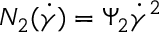
N _ { 2 } ( \dot { \gamma } ) = \Psi _ { 2 } \dot { \gamma } ^ { 2 }